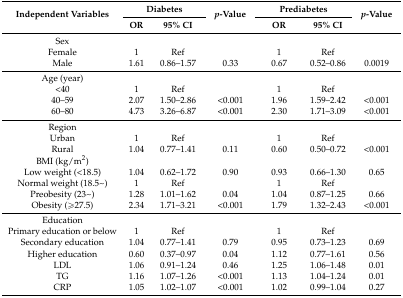
<table><thead><tr><td rowspan="2"><b>Independent Variables</b></td><td colspan="2"><b>Diabetes</b></td><td rowspan="2"><b><i>p</i>-Value</b></td><td colspan="2"><b>Prediabetes</b></td><td rowspan="2"><b><i>p</i>-Value</b></td></tr><tr><td><b>OR</b></td><td><b>95% CI</b></td><td><b>OR</b></td><td><b>95% CI</b></td></tr></thead><tbody><tr><td>Sex</td><td></td><td></td><td></td><td></td><td></td><td></td></tr><tr><td>Female</td><td>1</td><td>Ref</td><td></td><td>1</td><td>Ref</td><td></td></tr><tr><td>Male</td><td>1.61</td><td>0.86–1.57</td><td>0.33</td><td>0.67</td><td>0.52–0.86</td><td>0.0019</td></tr><tr><td>Age (year)</td><td></td><td></td><td></td><td></td><td></td><td></td></tr><tr><td>&lt;40</td><td>1</td><td>Ref</td><td></td><td>1</td><td>Ref</td><td></td></tr><tr><td>40–59</td><td>2.07</td><td>1.50–2.86</td><td>&lt;0.001</td><td>1.96</td><td>1.59–2.42</td><td>&lt;0.001</td></tr><tr><td>60–80</td><td>4.73</td><td>3.26–6.87</td><td>&lt;0.001</td><td>2.30</td><td>1.71–3.09</td><td>&lt;0.001</td></tr><tr><td>Region</td><td></td><td></td><td></td><td></td><td></td><td></td></tr><tr><td>Urban</td><td>1</td><td>Ref</td><td></td><td>1</td><td>Ref</td><td></td></tr><tr><td>Rural</td><td>1.04</td><td>0.77–1.41</td><td>0.11</td><td>0.60</td><td>0.50–0.72</td><td>&lt;0.001</td></tr><tr><td>BMI (kg/m<sup>2</sup>)</td><td></td><td></td><td></td><td></td><td></td><td></td></tr><tr><td>Low weight (&lt;18.5)</td><td>1.04</td><td>0.62–1.72</td><td>0.90</td><td>0.93</td><td>0.66–1.30</td><td>0.65</td></tr><tr><td>Normal weight (18.5~)</td><td>1</td><td>Ref</td><td></td><td>1</td><td>Ref</td><td></td></tr><tr><td>Preobesity (23~)</td><td>1.28</td><td>1.01–1.62</td><td>0.04</td><td>1.04</td><td>0.87–1.25</td><td>0.66</td></tr><tr><td>Obesity (≥27.5)</td><td>2.34</td><td>1.71–3.21</td><td>&lt;0.001</td><td>1.79</td><td>1.32–2.43</td><td>&lt;0.001</td></tr><tr><td>Education</td><td></td><td></td><td></td><td></td><td></td><td></td></tr><tr><td>Primary education or below</td><td>1</td><td>Ref</td><td></td><td>1</td><td>Ref</td><td></td></tr><tr><td>Secondary education</td><td>1.04</td><td>0.77–1.41</td><td>0.79</td><td>0.95</td><td>0.73–1.23</td><td>0.69</td></tr><tr><td>Higher education</td><td>0.60</td><td>0.37–0.97</td><td>0.04</td><td>1.12</td><td>0.77–1.61</td><td>0.56</td></tr><tr><td>LDL</td><td>1.06</td><td>0.91–1.24</td><td>0.46</td><td>1.25</td><td>1.06–1.48</td><td>0.01</td></tr><tr><td>TG</td><td>1.16</td><td>1.07–1.26</td><td>&lt;0.001</td><td>1.13</td><td>1.04–1.24</td><td>0.01</td></tr><tr><td>CRP</td><td>1.05</td><td>1.02–1.07</td><td>&lt;0.001</td><td>1.02</td><td>0.99–1.04</td><td>0.27</td></tr></tbody></table>